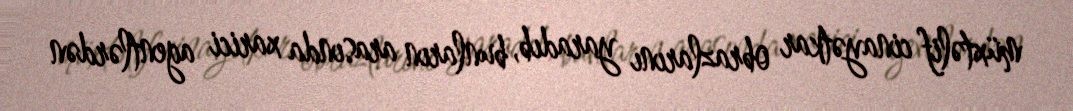
müxtəlif cinayətkar obrazlarını yaradıb, bunların arasında xarici agentlərdən